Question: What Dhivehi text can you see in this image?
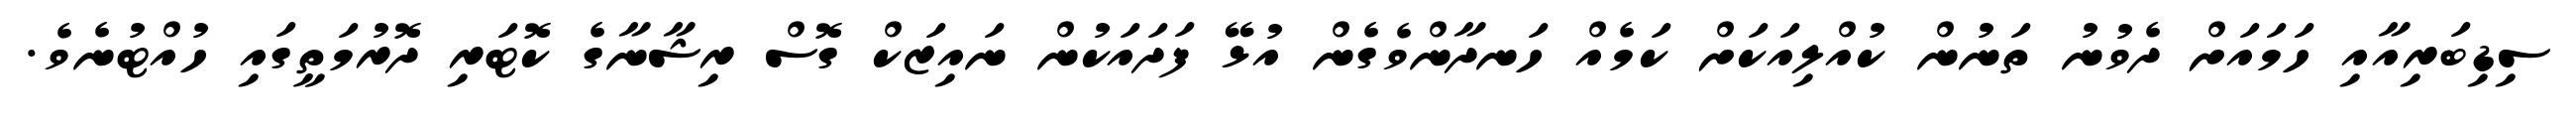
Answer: ސިޑިބަރިއާއި ހަމައަށް ދެވުނު ތަނުން ކުއްލިއަކަށް ކަމެއް ހަނދާންވެގެން އުޅޭ ފަދައަކުން ނައިޒަކް ގޮސް ރިޝާނާގެ ކޮޓަރި ދޮރުމަތީގައި ހުއްޓުނެވެ.